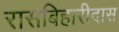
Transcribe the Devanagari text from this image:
रासबिहारीदास